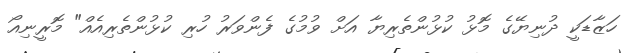
ހަަޒާޑަކީ ދުނިޔޭގެ މޮޅު ކުޅުންތެރިޔާ އަށް ވުމުގެ ފެންވަރު ހުރި ކުޅުންތެރިއެއް" މޮރީނިއޯ